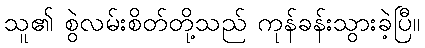
သူ၏ စွဲလမ်းစိတ်တို့သည် ကုန်ခန်းသွားခဲ့ပြီ။